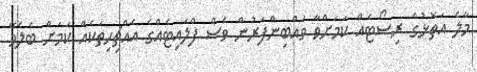
މާލެ އަތޮޅުގެ ރިސޯޓެއް ކަމަށްވާ ވައްބިންފަރުން ވެސް ފްލައިޓެއްގެ އެއްޗިހިތަކެއް ކަމަށް ބެލެވޭ